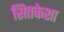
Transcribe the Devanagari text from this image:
सितकेशा